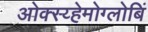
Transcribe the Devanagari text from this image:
ओक्स्य्हेमोग्लोबिं